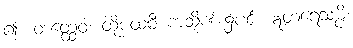
၍။ တတ္ထေဝ၊ ထိုပထဝီ ကသိုဏ်း၌ပင်။ ဣတရေသမ္ပိ၊